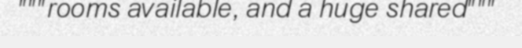
"""rooms available, and a huge shared"""